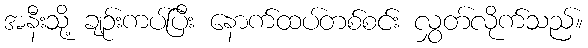
အနီးသို့ ချဉ်းကပ်ပြီး နောက်ထပ်တစ်စင်း လွှတ်လိုက်သည်။